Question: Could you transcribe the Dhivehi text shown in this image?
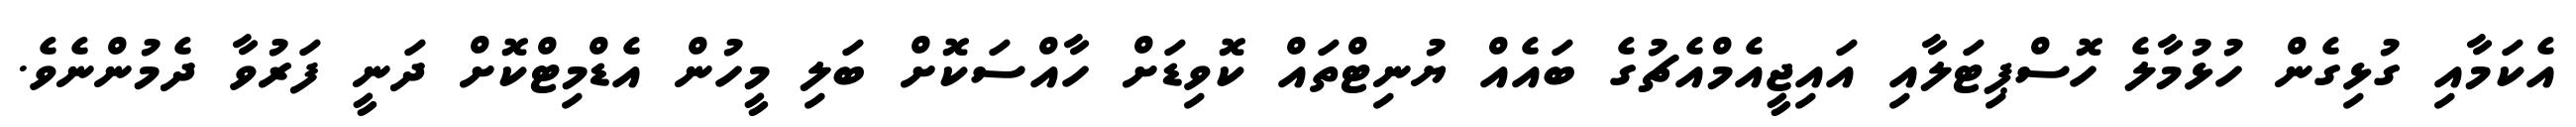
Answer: އެކަމާއި ގުޅިގެން ހުޅުމާލެ ހޮސްޕިޓަލާއި އައިޖީއެމްއެޗުގެ ބައެއް ޔުނިޓްތައް ކޮވިޑަށް ހާއްސަކޮށް ބަލި މީހުން އެޑްމިޓްކޮށް ދަނީ ފަރުވާ ދެމުންނެވެ.